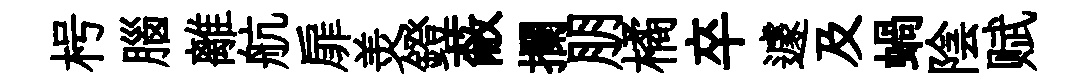
枵腦離航扉羙鐙蔽攔朋橘卒遽及蝸陰赋